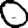
Digit: 0